Vaccination United Provinces of Agra and Oudh 1923-1928 - 1923-1928
Year: 1923
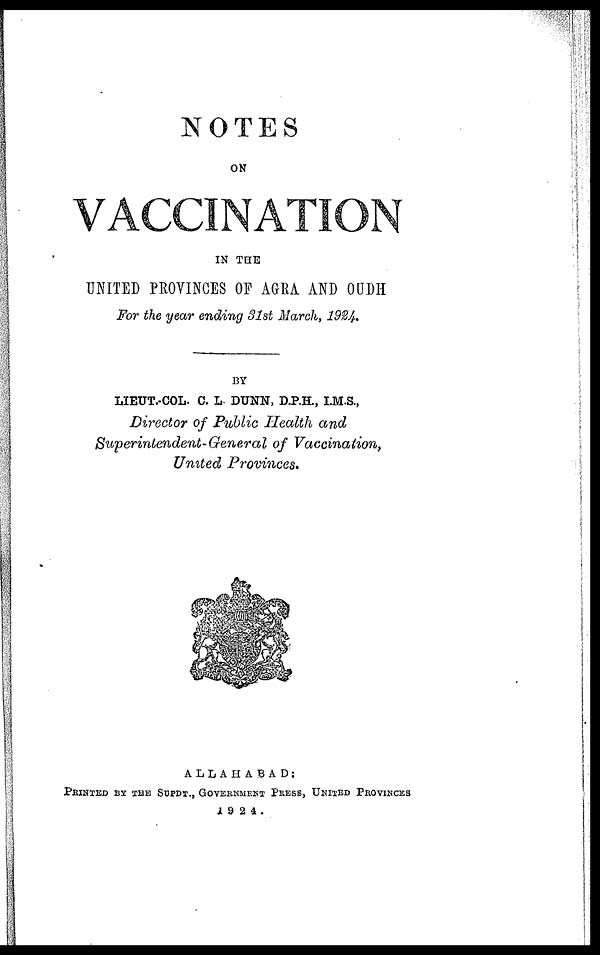
NOTES
ON
VACCINATION
IN THE
UNITED PROVINCES OF AGRA AND OUDH
For the year ending 31st March, 1924.
BY
LIEUT.-COL. C. L. DUNN, D.P.H., I.M.S.,
Director of Public Health and
Superintendent-General of Vaccination,
United Provinces.
ALLAHABAD:
PRINTED BY THE SUPDT., GOVERNMENT PRESS, UNITED PROVINCES
1924.